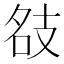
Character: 𢻇